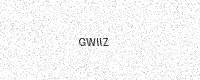
Text: GWIIZ